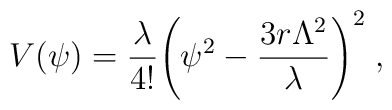
V(\psi)={\lambda \over 4!} \Biggl(\psi^2-{3 r \Lambda^2 \over\lambda}\Biggr)^2 \;,